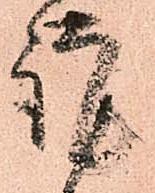
謹